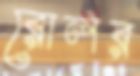
রোলর